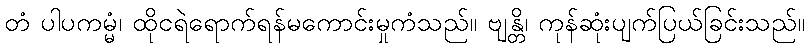
တံ ပါပကမ္မံ၊ ထိုငရဲရောက်ရန်မကောင်းမှုကံသည်။ ဗျန္တိ၊ ကုန်ဆုံးပျက်ပြယ်ခြင်းသည်။